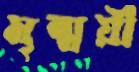
মৃন্ময়ী